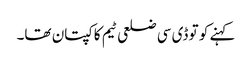
کہنے کو تو ڈی سی ضلعی ٹیم کا کپتان تھا۔